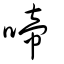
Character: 啼